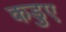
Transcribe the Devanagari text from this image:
कडुए